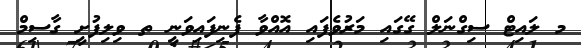
މ ލައިޓް ސިގްނަލް ގޭގައި މަރުވެފައި އޮއްވާ ފެނިފައިވަނީ ތ ވިލިފުށީ ގާސިމް